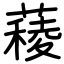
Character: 薐